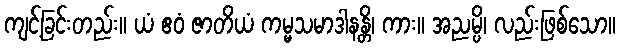
ကျင့်ခြင်းတည်း။ ယံ ဧဝံ ဇာတိယံ ကမ္မသမာဒါနန္တိ၊ ကား။ အညမ္ပိ၊ လည်းဖြစ်သော။